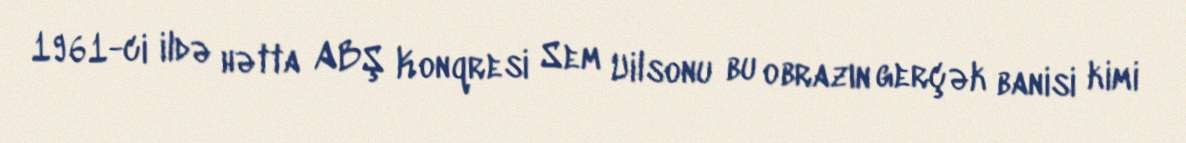
1961-ci ildə hətta ABŞ Konqresi Sem Uilsonu bu obrazın gerçək banisi kimi